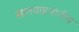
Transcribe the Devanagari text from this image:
सातवाहनांनीच